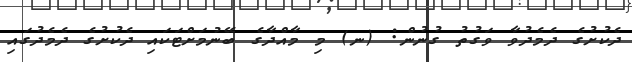
ދެކުށުގެ ދެމެދުވާ ވަގުތު ގުނުން: (ނ) މި މާއްދާގެ ބޭނުމަށްޓަކައި ދެކުށުގެ ދެމެދުގައި